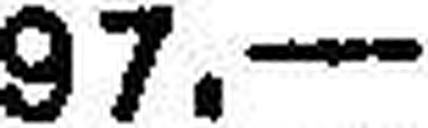
97.—